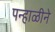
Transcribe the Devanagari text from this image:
पन्हाळीने